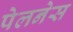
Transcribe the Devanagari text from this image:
पेलनेस